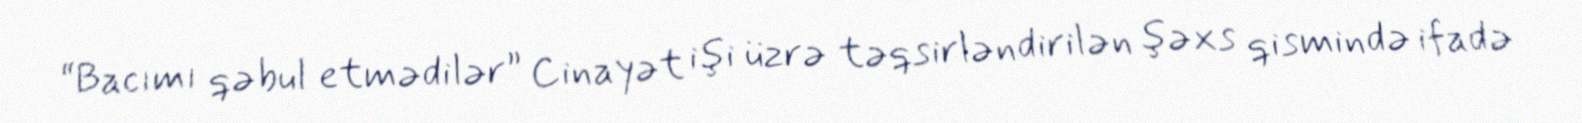
“Bacımı qəbul etmədilər” Cinayət işi üzrə təqsirləndirilən şəxs qismində ifadə